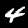
Digit: 4